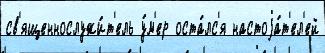
св'ященнослужи́т'ель у́м'ер оста́лс'я настоjа́т'ел'ей